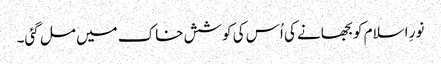
نورِ اسلام کو بجھانے کی اُس کی کوشش خاک میں مل گئی۔